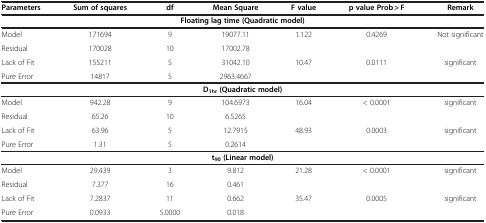
<table><thead><tr><td><b>Parameters</b></td><td><b>Sum of squares</b></td><td><b>df</b></td><td><b>Mean Square</b></td><td><b>F value</b></td><td><b>p value Prob &gt; F</b></td><td><b>Remark</b></td></tr></thead><tbody><tr><td colspan="7"><b>Floating lag time (Quadratic model)</b></td></tr><tr><td>Model</td><td>171694</td><td>9</td><td>19077.11</td><td>1.122</td><td>0.4269</td><td>Not significant</td></tr><tr><td>Residual</td><td>170028</td><td>10</td><td>17002.78</td><td> </td><td> </td><td> </td></tr><tr><td>Lack of Fit</td><td>155211</td><td>5</td><td>31042.10</td><td>10.47</td><td>0.0111</td><td>significant</td></tr><tr><td>Pure Error</td><td>14817</td><td>5</td><td>2963.4667</td><td> </td><td> </td><td> </td></tr><tr><td colspan="7"><b>D</b><sub><b>1hr</b></sub><b>(Quadratic model)</b></td></tr><tr><td>Model</td><td>942.28</td><td>9</td><td>104.6973</td><td>16.04</td><td>&lt; 0.0001</td><td>significant</td></tr><tr><td>Residual</td><td>65.26</td><td>10</td><td>6.5265</td><td> </td><td> </td><td> </td></tr><tr><td>Lack of Fit</td><td>63.96</td><td>5</td><td>12.7915</td><td>48.93</td><td>0.0003</td><td>significant</td></tr><tr><td>Pure Error</td><td>1.31</td><td>5</td><td>0.2614</td><td> </td><td> </td><td> </td></tr><tr><td colspan="7"><b>t</b><sub><b>90</b></sub><b>(Linear model)</b></td></tr><tr><td>Model</td><td>29.439</td><td>3</td><td>9.812</td><td>21.28</td><td>&lt; 0.0001</td><td>significant</td></tr><tr><td>Residual</td><td>7.377</td><td>16</td><td>0.461</td><td> </td><td> </td><td> </td></tr><tr><td>Lack of Fit</td><td>7.2837</td><td>11</td><td>0.662</td><td>35.47</td><td>0.0005</td><td>significant</td></tr><tr><td>Pure Error</td><td>0.0933</td><td>5.0000</td><td>0.018</td><td> </td><td> </td><td> </td></tr></tbody></table>